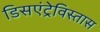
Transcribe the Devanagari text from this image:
डिसएंट्रेविस्तास